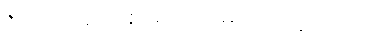
ဒီဟာလည်း စာရင်းထဲမှာ ထည့်ပေးပါ။